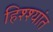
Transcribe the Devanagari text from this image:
हिश्श्यांत